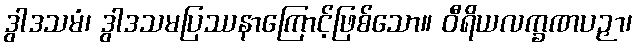
ဒွါဒသမံ၊ ဒွါဒသမပြဿနာကြောင့်ဖြစ်သော။ ဝီရိယလက္ခဏပဉှာ၊